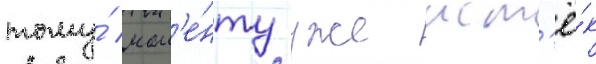
тому́ мом'е́нту уже ист'ё́к